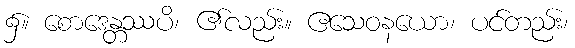
၌။ စောဒေန္တဿပိ၊ ၏လည်း။ ဧသေဝနယော၊ ပင်တည်း၊